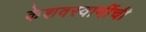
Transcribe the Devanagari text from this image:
केशवस्वामींची